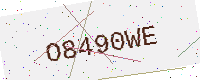
Text: O8490WE